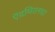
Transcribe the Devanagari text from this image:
ऍडमिरलचा